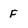
Character: F